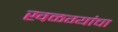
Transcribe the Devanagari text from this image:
खळग्यांचा